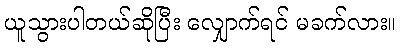
ယူသွားပါတယ်ဆိုပြီး လျှောက်ရင် မခက်လား။